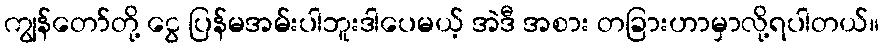
ကျွန်တော်တို့ ငွေ ပြန်မအမ်းပါဘူးဒါပေမယ့် အဲဒီ အစား တခြားဟာမှာလို့ရပါတယ်။